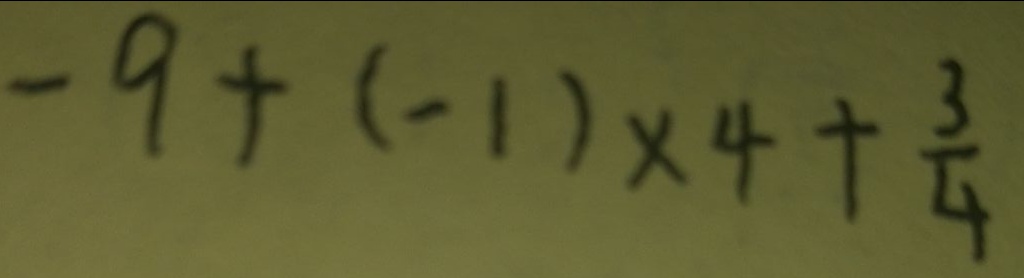
- 9 + ( - 1 ) \times 4 + \frac { 3 } { 4 }